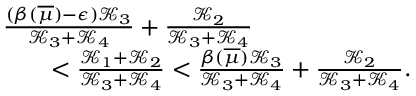
\begin{array} { r l } & { \frac { ( \beta ( \overline { { \mu } } ) - { \epsilon } ) { \mathcal K } _ { 3 } } { { \mathcal K } _ { 3 } + { \mathcal K } _ { 4 } } + \frac { { \mathcal K } _ { 2 } } { { \mathcal K } _ { 3 } + { \mathcal K } _ { 4 } } } \\ & { \qquad < \frac { { \mathcal K } _ { 1 } + { \mathcal K } _ { 2 } } { { \mathcal K } _ { 3 } + { \mathcal K } _ { 4 } } < \frac { \beta ( \overline { { \mu } } ) { \mathcal K } _ { 3 } } { { \mathcal K } _ { 3 } + { \mathcal K } _ { 4 } } + \frac { { \mathcal K } _ { 2 } } { { \mathcal K } _ { 3 } + { \mathcal K } _ { 4 } } . } \end{array}